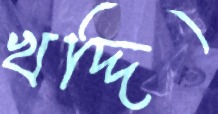
খদ্দি